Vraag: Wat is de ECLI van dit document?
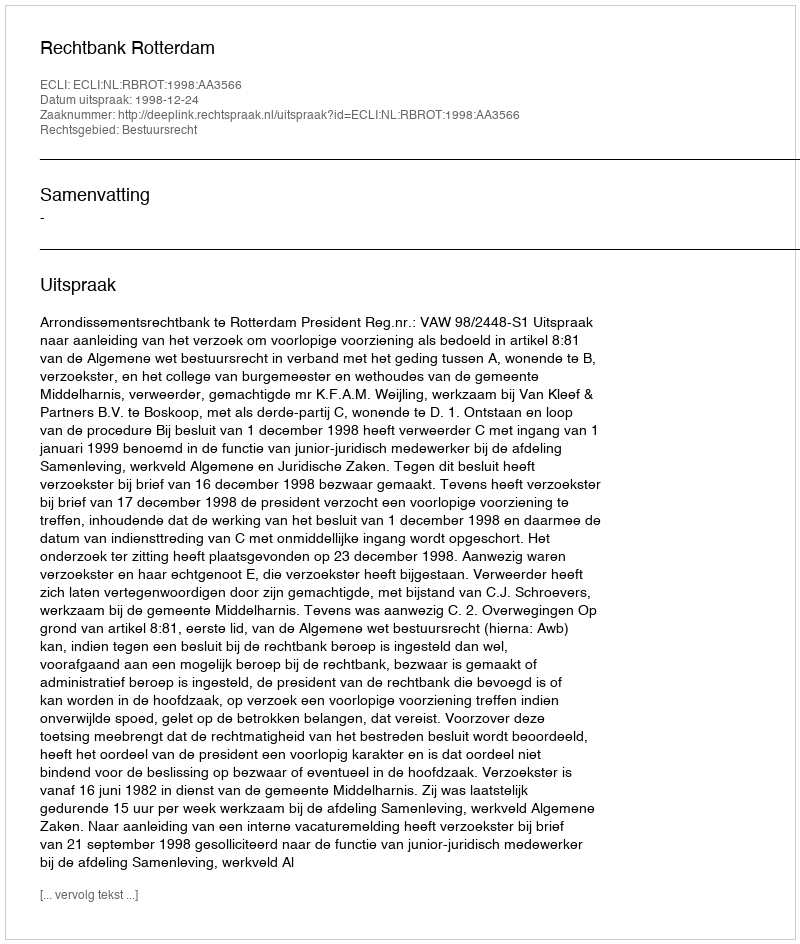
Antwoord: ECLI:NL:RBROT:1998:AA3566